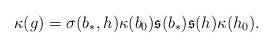
LaTeX: \begin{align*}\kappa(g)=\sigma(b_*,h)\kappa(b_0)\mathfrak{s}(b_*)\mathfrak{s}(h)\kappa(h_0).\end{align*}